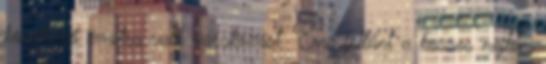
következő évadra való várakozást. Erre feltűnt a koszos nejlon,